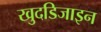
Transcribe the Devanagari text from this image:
खुदडिजाइन